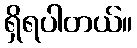
ရှိရပါတယ်။